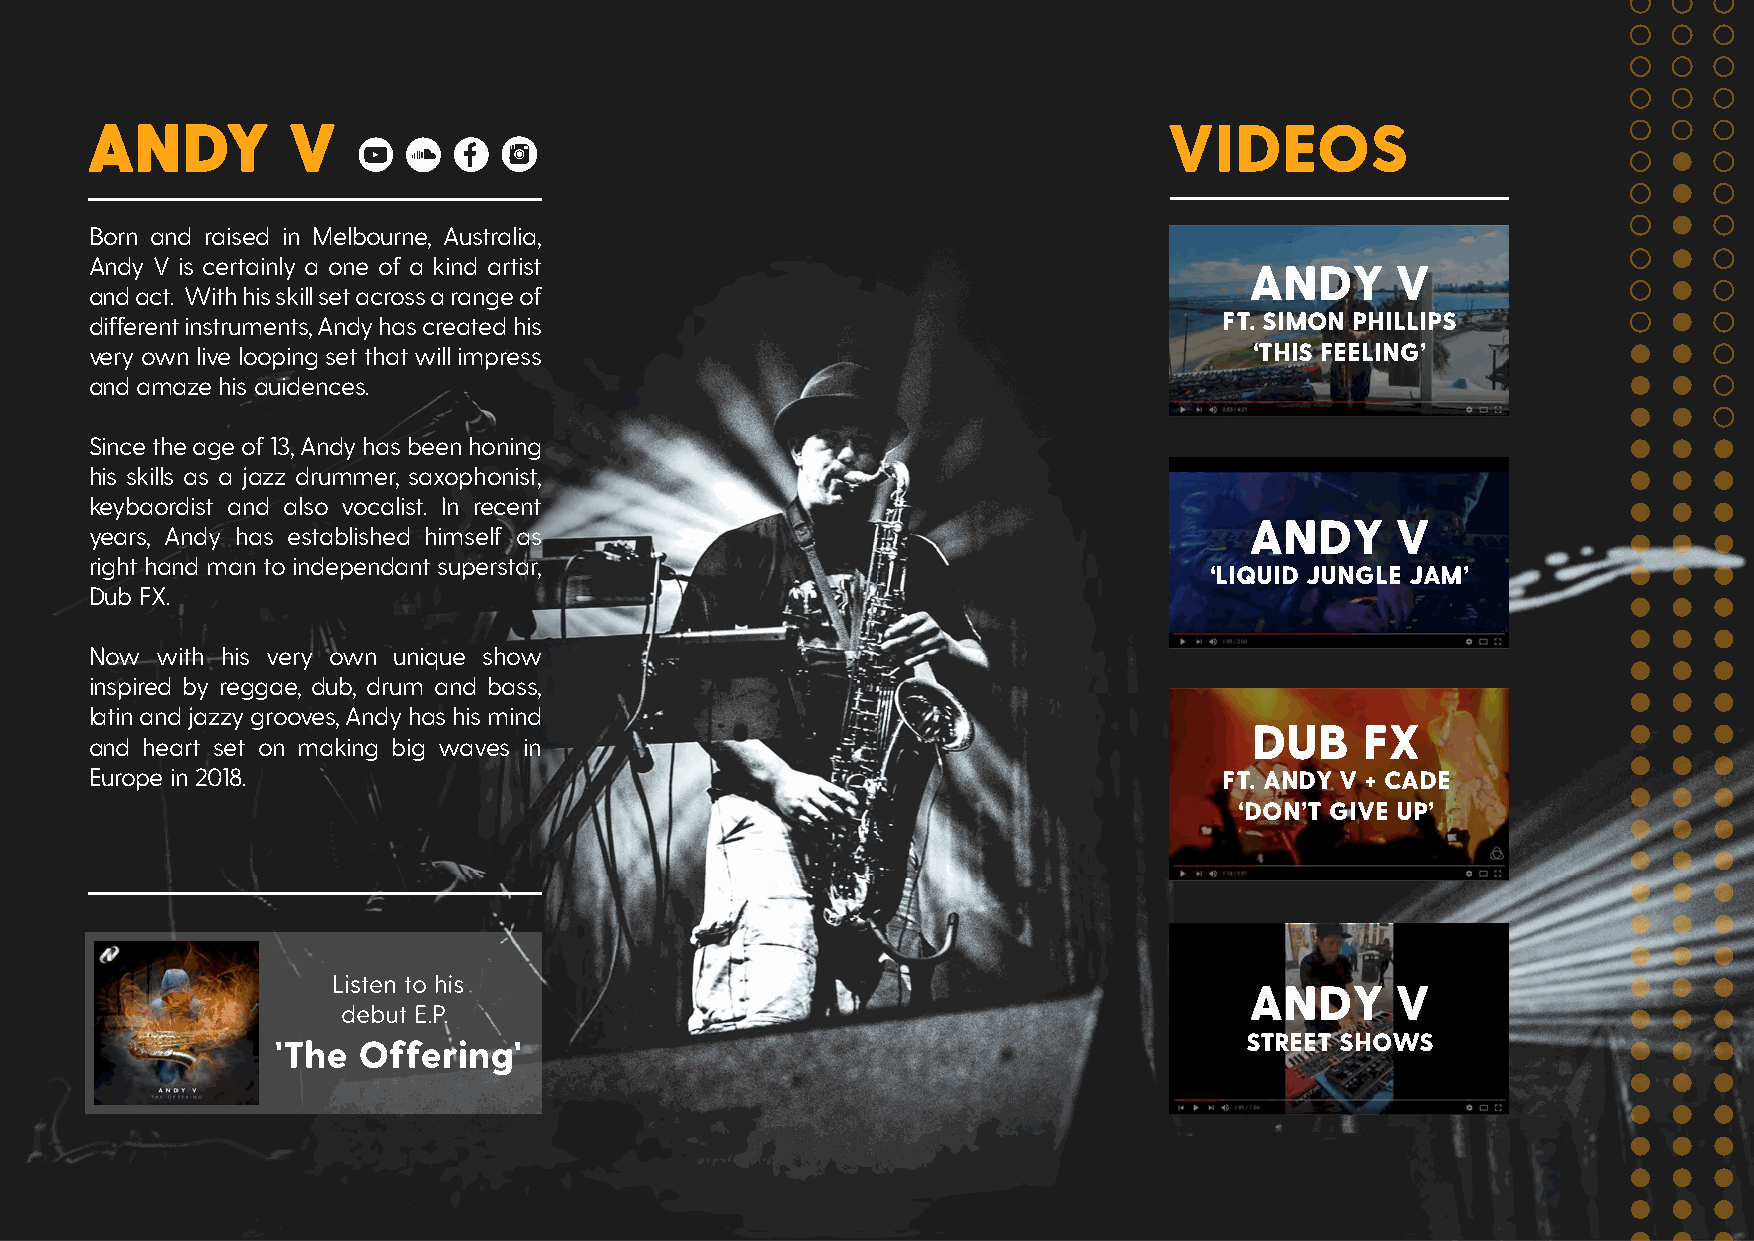
Born and raised in Melbourne, Australia,
 Andy V is certainly a one of a kind artist
 ANDY     V
 and act. With his skill set across a range of
 different instruments, Andy has created his                                FT. SIMON PHILLIPS
 very own live looping set that will impress                                  ‘THIS FEELING’
 and amaze his auidences.
 Since the age of 13, Andy has been honing
 his skills as a jazz drummer, saxophonist,
 keybaordist and also vocalist. In recent
 years, Andy has established himself as                                       ANDY     V
 right hand man to independant superstar,
 ‘LIQUID JUNGLE JAM’
 Dub FX.
 Now with his very own unique show
 inspired by reggae, dub, drum and bass,
 latin and jazzy grooves, Andy has his mind
 DUB    FX
 and heart set on making big waves in
 Europe in 2018.                                                            FT. ANDY V + CADE
 ‘DON’T GIVE UP’
 ANDY     V
 STREET SHOWS